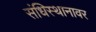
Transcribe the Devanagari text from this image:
संधिस्थानावर